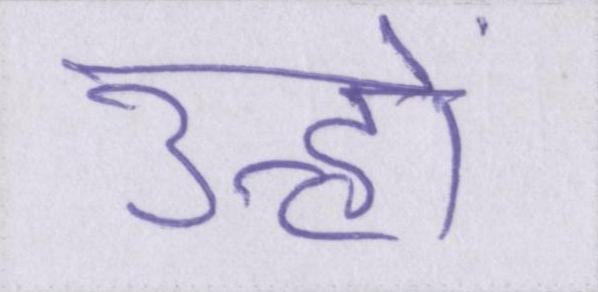
उन्हों